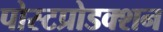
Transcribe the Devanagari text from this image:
पोस्टप्रोडक्शन